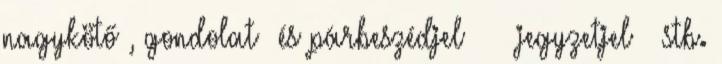
nagykötő‑, gondolat‑ és párbeszédjel – — jegyzetjel ¹ stb.